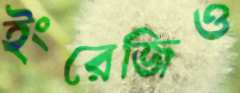
ইংরেজিও